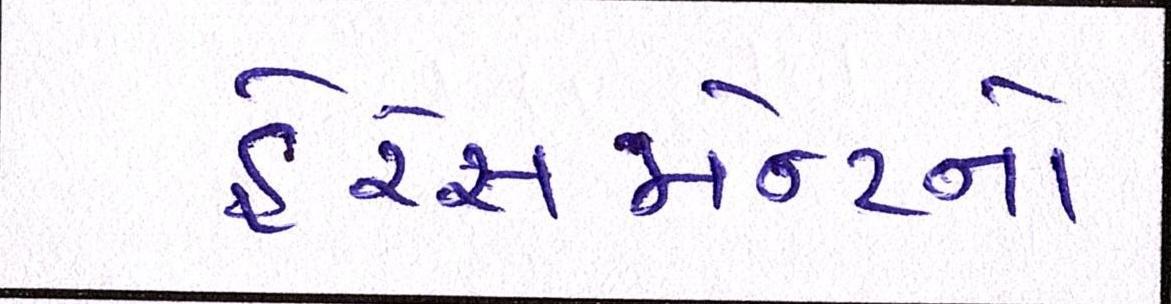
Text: હેરેસમેન્ટનો